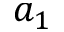
a _ { 1 }